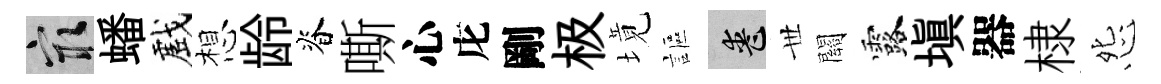
冣蟠戲想龄脊嘶心庀剛极境謳喪𠀍關露塡器棣怨